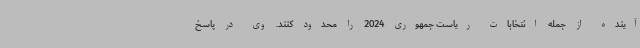
آینده از جمله انتخابات ریاست جمهوری 2024 را محدود کنند. وی در پاسخ